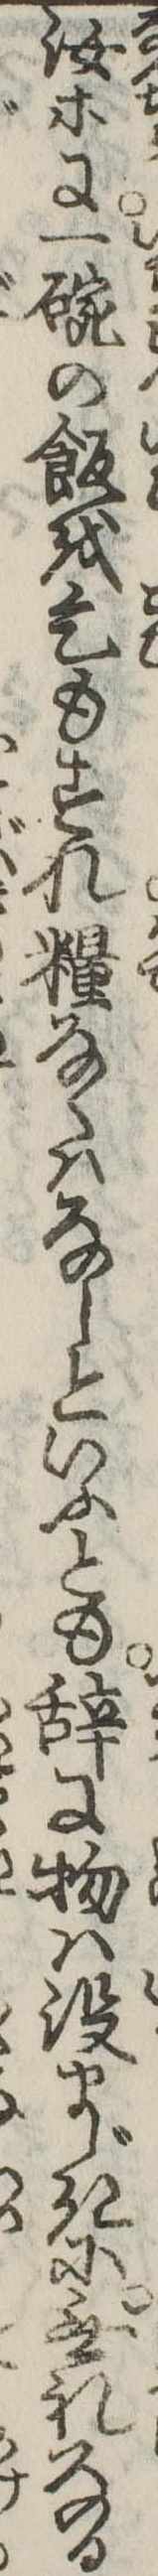
汝等に一碗の飯を乞もすれ糧なくはなしといふとも辞に物は没まじきに無礼なる